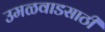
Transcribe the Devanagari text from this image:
उमळवाडसाठी